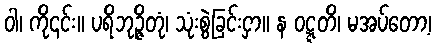
ဝါ၊ ကို၎င်း။ ပရိဘုဉ္ဇိတုံ၊ သုံးစွဲခြင်းငှာ။ န ဝဋ္ဋတိ၊ မအပ်တော့၊